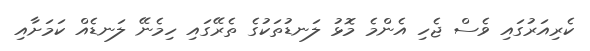
ކެރިއަރުގައި ވެސް ޖެހި އެންމެ މޮޅު ލަނޑުތަކުގެ ތެރޭގައި ހިމެނޭ ލަނޑެއް ކަމަށާއި